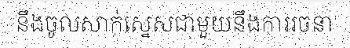
នឹងចូលសាក់ស្នេសជាមួយនឹងការរចនា